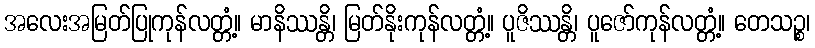
အလေးအမြတ်ပြုကုန်လတ္တံ့။ မာနိဿန္တိ၊ မြတ်နိုးကုန်လတ္တံ့။ ပူဇိဿန္တိ၊ ပူဇော်ကုန်လတ္တံ့။ တေသဉ္စ၊